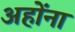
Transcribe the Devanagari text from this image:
अहोंना